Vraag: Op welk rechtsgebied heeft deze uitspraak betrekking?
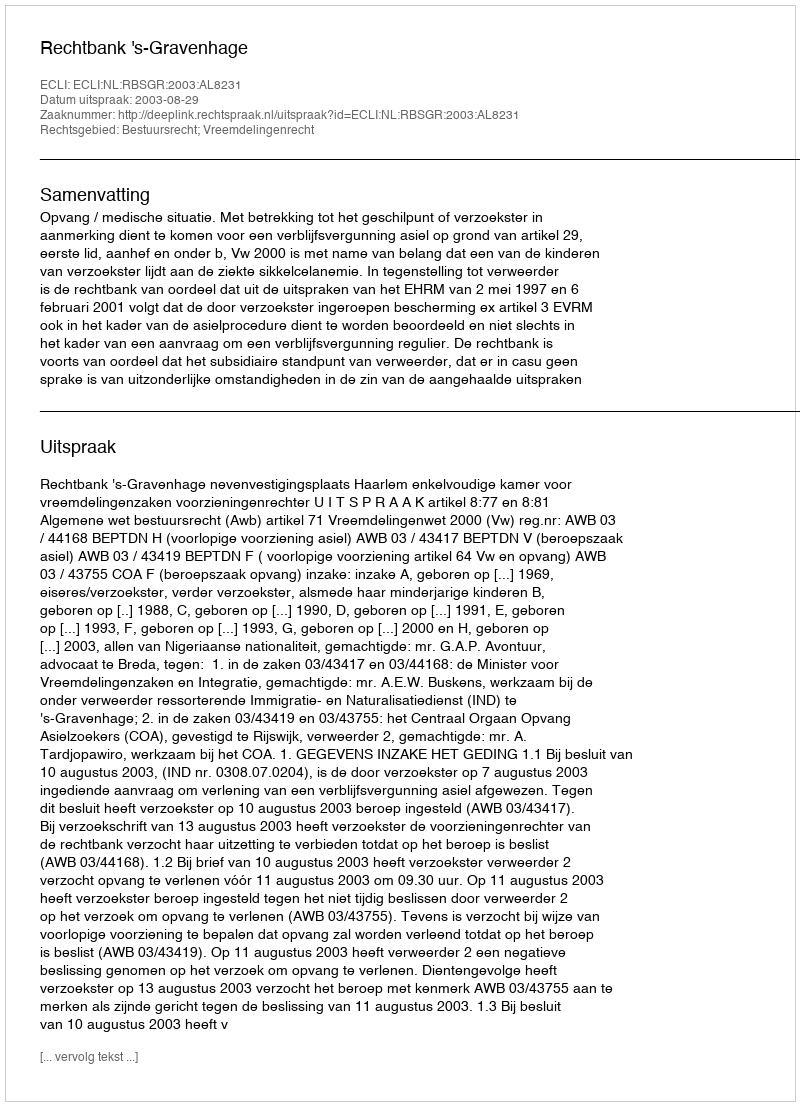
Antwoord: Bestuursrecht; Vreemdelingenrecht